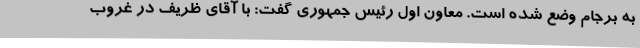
به برجام وضع شده است. معاون اول رئیس جمهوری گفت: با آقای ظریف در غروب